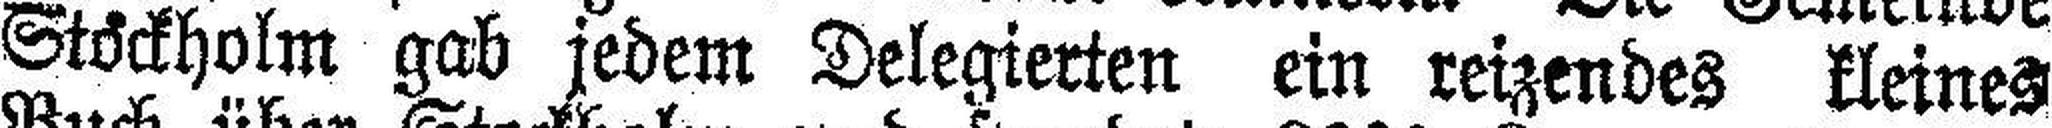
Stöckholm gab jedem Delegierten ein reizendes kleines